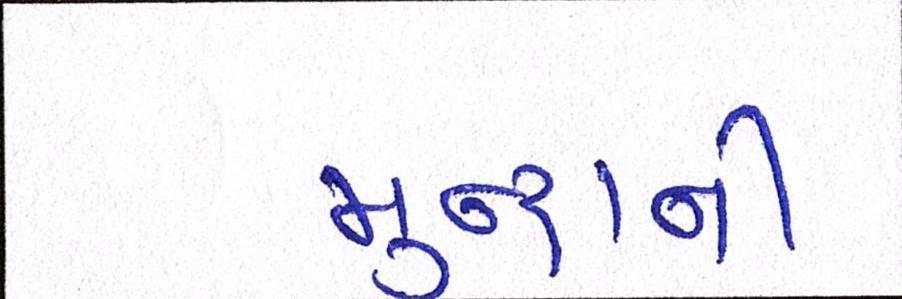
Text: મુન્દ્રાની